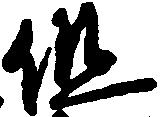
但